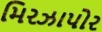
મિરઝાપોર